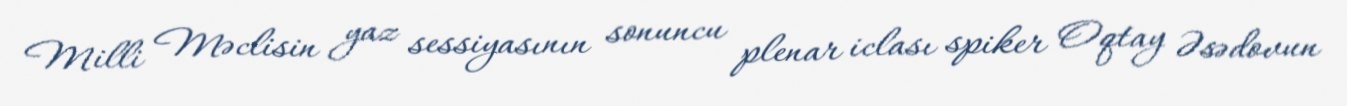
Milli Məclisin yaz sessiyasının sonuncu plenar iclası spiker Oqtay Əsədovun